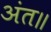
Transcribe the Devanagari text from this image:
अंत॥